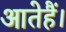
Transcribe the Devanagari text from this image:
आतेहैं।